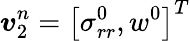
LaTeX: \boldsymbol{v}_{2}^{n}=\left[\sigma_{rr}^{0},w^{0}\right]^{T}